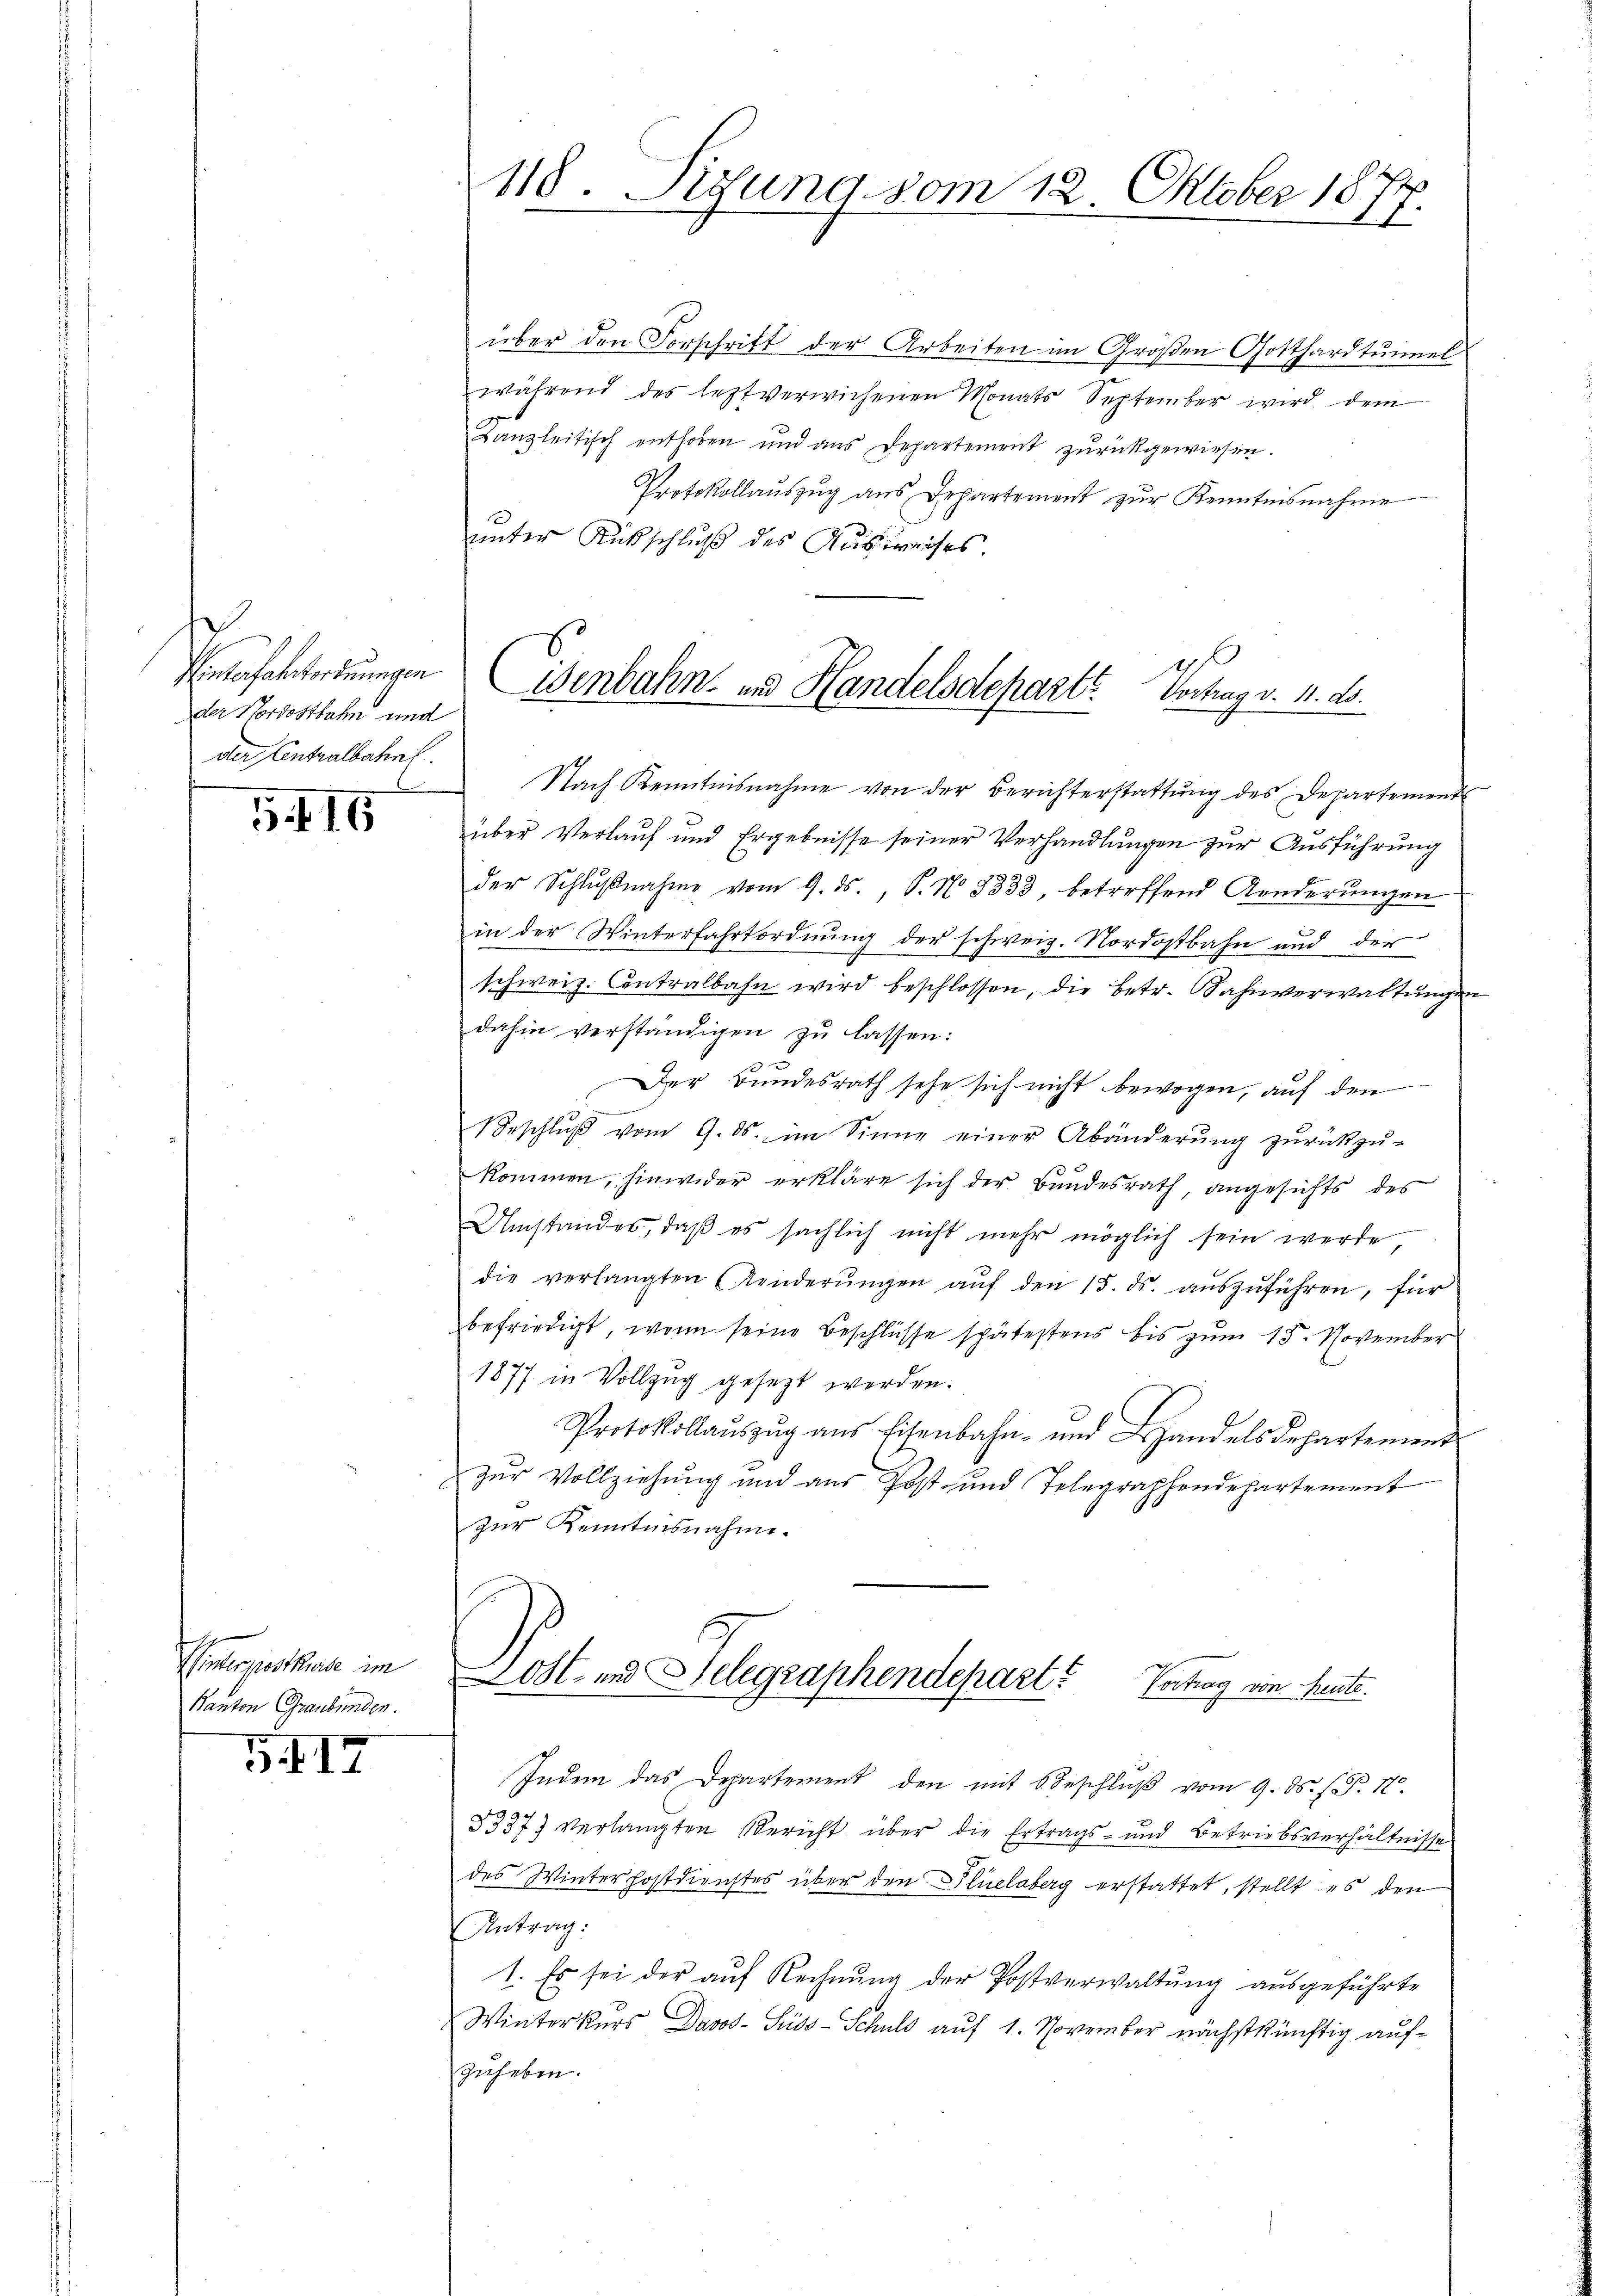
Enterhaltendungen
der Nordostbahn und
der Contralbahnl

516

Einterposthore im
Kanton Graubünden.

II7

über den Vorschrift der Arbeiten im Großen Gotthardtŭimel
während des leztverwichenen Monats September wird dem
Kanzleitisch enthoben und ans Departement zŭrückgewiesen.
Protokollauszug aus Departement zur Kenntnisnahme
unter Rückschluß des Ausweises
Nach Kenntnisnahme von der Berichterstattŭng des Departement
über Verlauf und Ergebnisse seiner Verhandlungen zur Ausführung
der Schlußnahme vom 9. ds., S. No. 5333, betreffend Konderungen
in der Winterfahrtordnung der schweiz. Nordostbahn und der
schweiz. Contralbahn wird beschlossen, die betr. Sahnverwaltungen
dahin verständigen zu lassen:
Der Bundesrath sehe sich nicht bewogen, auf den
Veschlŭβ vom 9. ds. im Sinne einer Abänderŭng zŭrückzŭ-
kommen, hinwider erkläre sich der Bundesrath, angesichts des
Umstandes, daβ es sächlich nicht mehr möglich sein werde
die verlangten Kinderŭngen aŭf den 15. ds. aŭszŭführen, für
befriedigt, wenn seine Beschlüsse spätestens bis zum 15. November
1877 in Vollzug gesezt werden.
Protokollaŭszŭg ans Eisenbahn- und Handelsdepartement
zur Vollziehung und aus Post- und Telegraphendepartement
zŭr Kenntnisnahme.
Dost- und Gelegraphendepart? Vertrag von Heute.
Indem das Departement den mit 6 Beschluß vom 9. ds. f. P. 17.
83377 verlangten Bericht über die Ertrags- und Betriebsverhältnisse
des Winterhostdienstes über den Pluclaberg erstattet, stellt es den
Antrag:
1. Es sei der aŭf Rechnŭng der Postverwaltŭng ausgeführte
Winterkurs Davos- Suiss-Schuld auf 1. November nächstkünftig aufzuheben.

118. Sigung vom 12. Oktober 1877.

6
Wenbahn- und Handelsdepart? Vortrag v. 11. ds.